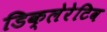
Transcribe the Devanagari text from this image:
डिक्लेरेटिव